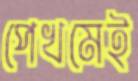
পেখমেই